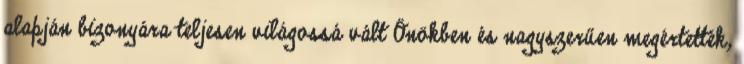
alapján bizonyára teljesen világossá vált Önökben és nagyszerűen megértették,